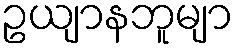
ဥယျာနဘူမျာ